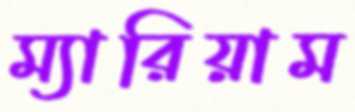
ম্যারিয়াম